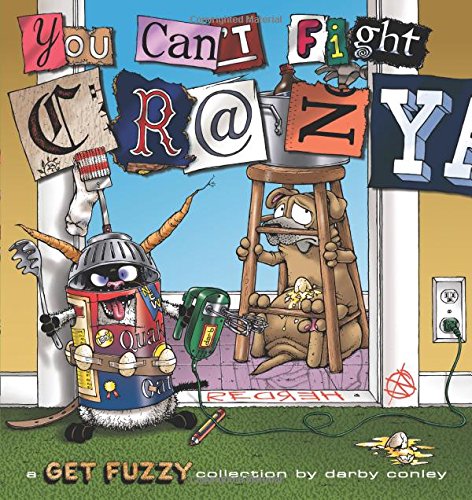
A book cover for You Can't Fight Crazy: A Get Fuzzy Collection; Darby Conley; Comics & Graphic Novels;